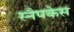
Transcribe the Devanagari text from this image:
स्नैपकेस